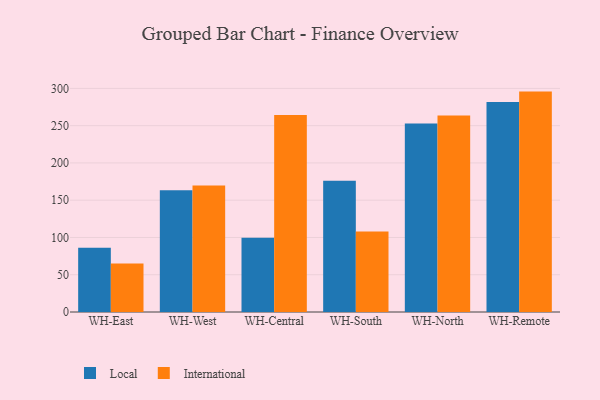
{"axis": {"x": "Warehouse", "y": "Headcount"}, "legend": ["International", "Local"], "data": [{"x": "WH-East", "y": 86.1, "type": "Local"}, {"x": "WH-East", "y": 65.2, "type": "International"}, {"x": "WH-West", "y": 163.4, "type": "Local"}, {"x": "WH-West", "y": 169.7, "type": "International"}, {"x": "WH-Central", "y": 99.7, "type": "Local"}, {"x": "WH-Central", "y": 264.3, "type": "International"}, {"x": "WH-South", "y": 176.0, "type": "Local"}, {"x": "WH-South", "y": 107.9, "type": "International"}, {"x": "WH-North", "y": 253.0, "type": "Local"}, {"x": "WH-North", "y": 263.8, "type": "International"}, {"x": "WH-Remote", "y": 281.9, "type": "Local"}, {"x": "WH-Remote", "y": 295.7, "type": "International"}]}